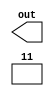
module constant_part_select_pv(output [3:0] out);
	assign out[3:2] = 2'b11;
endmodule